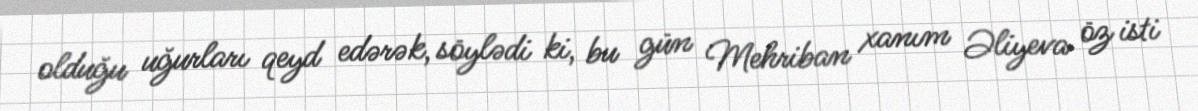
olduğu uğurları qeyd edərək, söylədi ki, bu gün Mehriban xanım Əliyeva öz isti